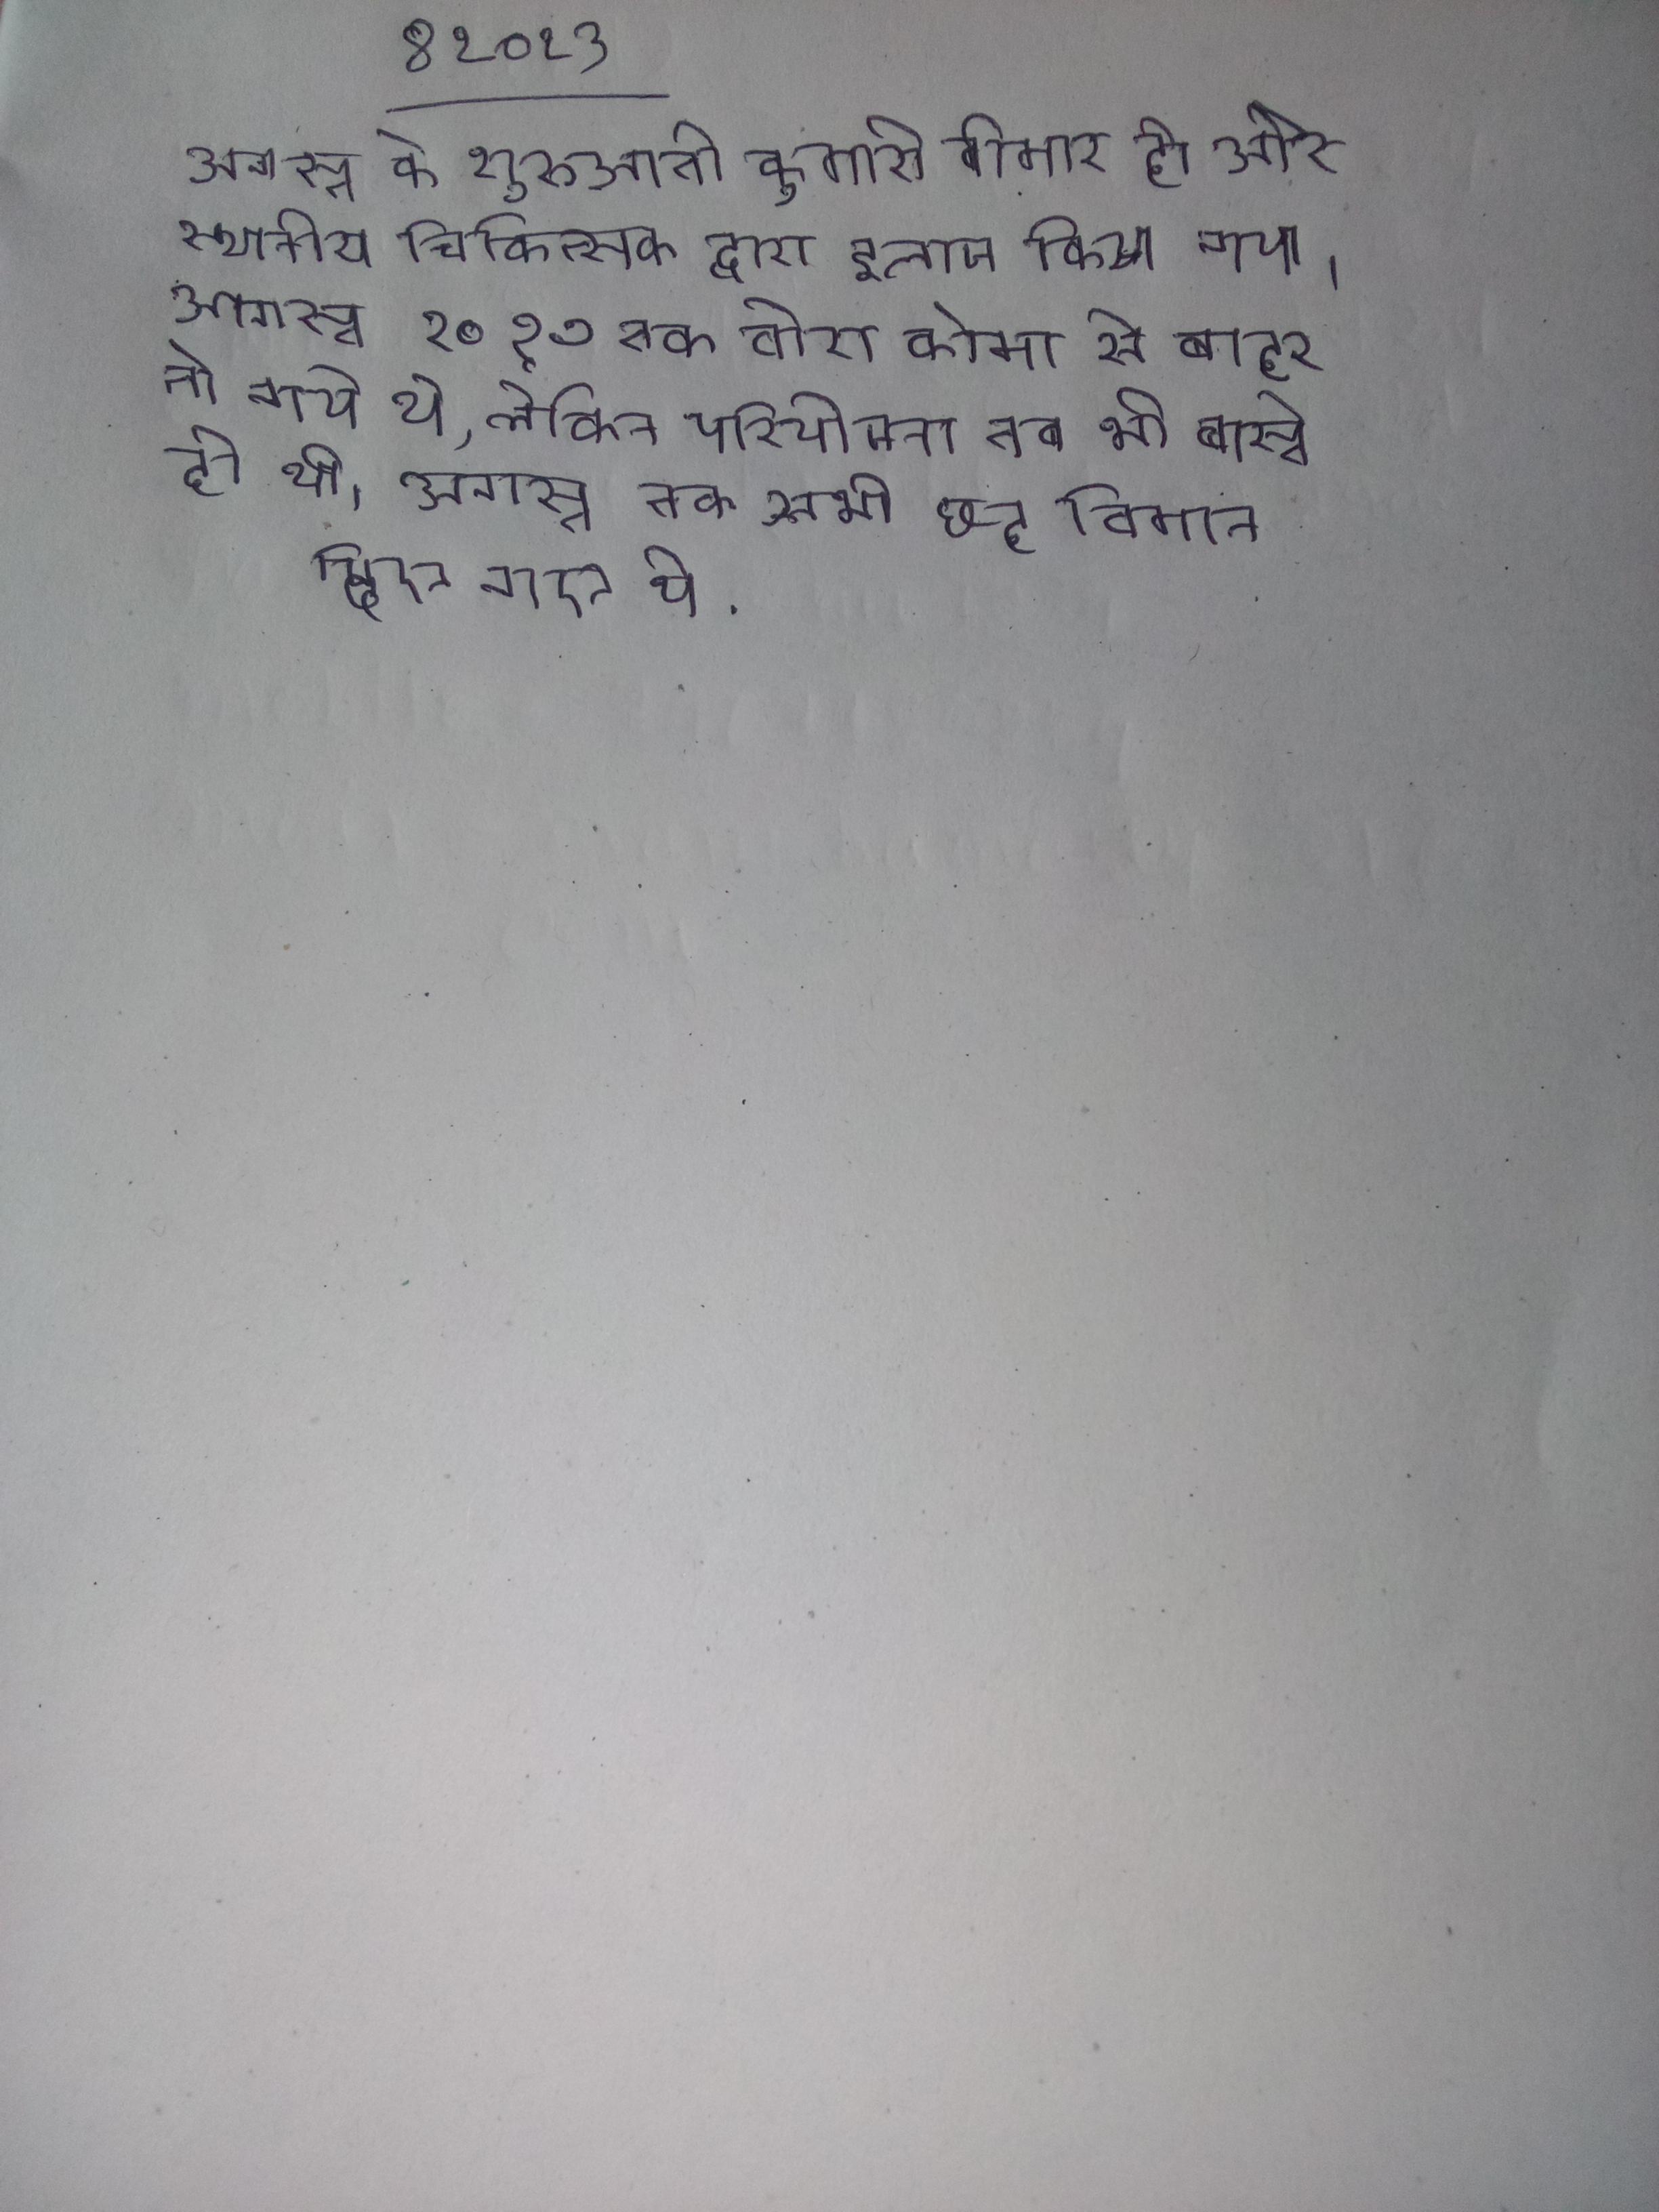
अगस्त के शुरुआती कुमारी बीमार हो और स्थानीय चिकित्सक द्वारा इलाज किया गया । अगस्त २०१७ तक वोरा कोमा से बाहर तो गये थे, लेकिन परियोजना तब भी बास्ते ही थी । अगस्त तक सभी छह विमान दिए गए थे .